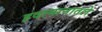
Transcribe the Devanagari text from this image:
हवामानातले